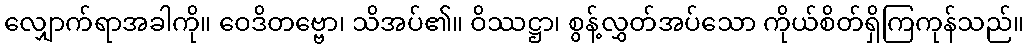
လျှောက်ရာအခါကို။ ဝေဒိတဗ္ဗော၊ သိအပ်၏။ ဝိဿဋ္ဌာ၊ စွန့်လွှတ်အပ်သော ကိုယ်စိတ်ရှိကြကုန်သည်။